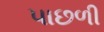
પાછળી